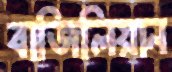
বাজিলিয়ান